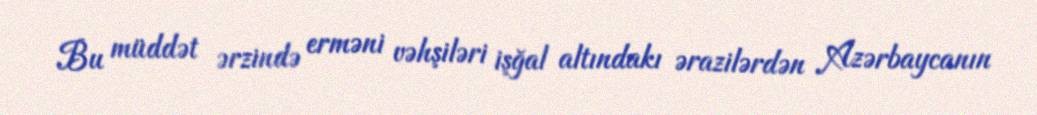
Bu müddət ərzində erməni vəhşiləri işğal altındakı ərazilərdən Azərbaycanın